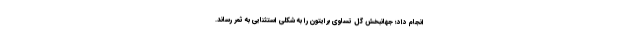
انجام داد؛ جهانبخش گل تساوی برایتون را به شکلی استثنایی به ثمر رساند.